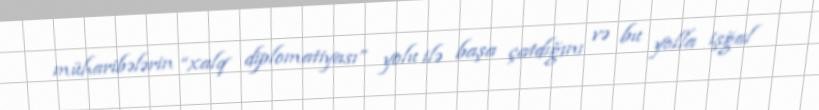
müharibələrin “xalq diplomatiyası” yolu ilə başa çatdığını və bu yolla işğal